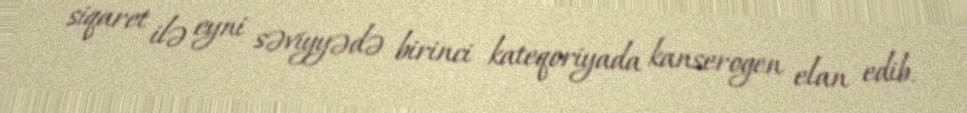
siqaret ilə eyni səviyyədə birinci kateqoriyada kanserogen elan edib.